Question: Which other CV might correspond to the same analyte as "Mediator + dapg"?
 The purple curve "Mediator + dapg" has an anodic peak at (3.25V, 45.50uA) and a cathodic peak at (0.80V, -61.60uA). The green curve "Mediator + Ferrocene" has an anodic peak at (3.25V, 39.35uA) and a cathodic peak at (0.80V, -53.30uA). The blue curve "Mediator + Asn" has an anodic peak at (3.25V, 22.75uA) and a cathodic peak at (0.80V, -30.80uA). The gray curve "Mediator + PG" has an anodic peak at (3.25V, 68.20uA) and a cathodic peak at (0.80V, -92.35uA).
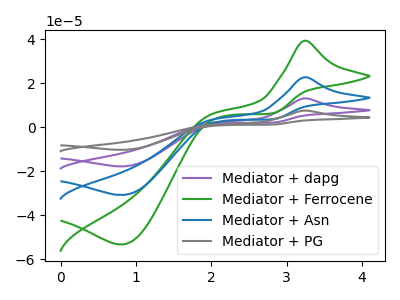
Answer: <think>All the peaks in "Mediator + dapg" have a peak in "Mediator + Ferrocene" at the same potential. Every peak in "Mediator + dapg" is higher than every peak in "Mediator + Ferrocene". All the peaks in "Mediator + dapg" have a peak in "Mediator + Asn" at the same potential. Every peak in "Mediator + dapg" is higher than every peak in "Mediator + Asn". All the peaks in "Mediator + dapg" have a peak in "Mediator + PG" at the same potential. Every peak in "Mediator + dapg" is lower than every peak in "Mediator + PG". All the peaks in "Mediator + Ferrocene" have a peak in "Mediator + Asn" at the same potential. Every peak in "Mediator + Ferrocene" is higher than every peak in "Mediator + Asn". All the peaks in "Mediator + Ferrocene" have a peak in "Mediator + PG" at the same potential. Every peak in "Mediator + Ferrocene" is lower than every peak in "Mediator + PG". All the peaks in "Mediator + Asn" have a peak in "Mediator + PG" at the same potential. Every peak in "Mediator + Asn" is lower than every peak in "Mediator + PG".
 </think>
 <answer>"Mediator + dapg", "Mediator + Asn" and "Mediator + PG" have a similar shape to "Mediator + Ferrocene".</answer>
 <eval>"Mediator + dapg" "Mediator + Asn" "Mediator + PG"</eval>